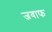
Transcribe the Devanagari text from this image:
जवाफ